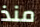
منذ